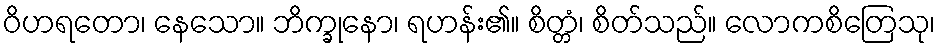
ဝိဟရတော၊ နေသော။ ဘိက္ခုနော၊ ရဟန်း၏။ စိတ္တံ၊ စိတ်သည်။ လောကစိတြေသု၊